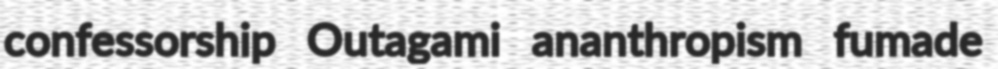
confessorship Outagami ananthropism fumade